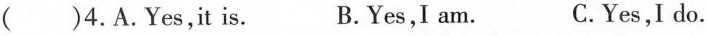
( )4.A.Yes,it is. B.Yes,I am. C.Yes,I do.